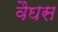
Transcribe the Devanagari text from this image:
वैघस